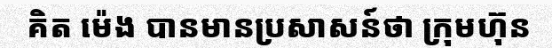
គិត ម៉េង បានមានប្រសាសន៍ថា ក្រុមហ៊ុន